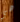
هي